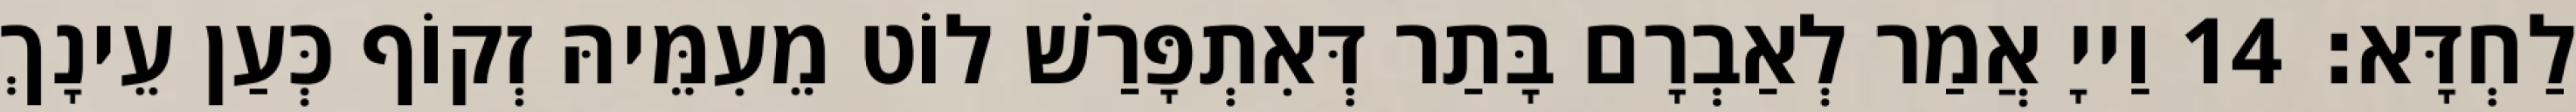
לַחְדָּא׃ 14 וַייָ אֲמַר לְאַבְרָם בָּתַר דְּאִתְפָּרַשׁ לוֹט מֵעִמֵּיהּ זְקוֹף כְּעַן עֵינָךְ